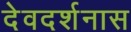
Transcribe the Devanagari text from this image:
देवदर्शनास